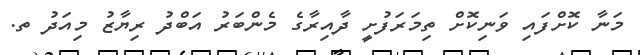
މަނާ ކޮށްފައި ވަނިކޮށް ތިމަރަފުށީ ދާއިރާގެ މެންބަރު އަބްދު ރިޔާޒު މިއަދު ތ.